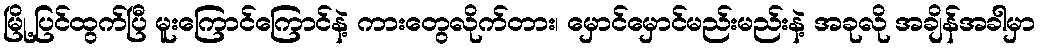
မြို့ပြင်ထွက်ပြီ မူးကြောင်ကြောင်နဲ့ ကားတွေလိုက်တား၊ မှောင်မှောင်မည်းမည်းနဲ့ အခုလို အချိန်အခါမှာ